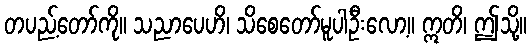
တပည့်တော်ကို။ သညာပေဟိ၊ သိစေတော်မူပါဦးလော့။ ဣတိ၊ ဤသို့။